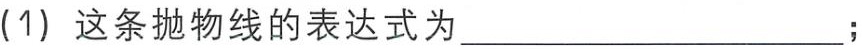
(1) 这条抛物线的表达式为____________________；